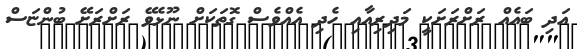
އަދި ބައެއް ރަށްރަށަކީ މަދިރިއާއި ހެދި އެއްވެސް ގޮތަކަށް ނޫޅެވޭ ރަށްރަށޭ ބުންޏަސް